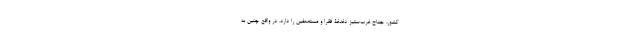
کشور، جناح‌ غرب‌ستیز دغدغۀ فقرا و مستضعفین را دارد. در واقع چنین به